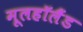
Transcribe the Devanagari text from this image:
मूलहॉलैंड